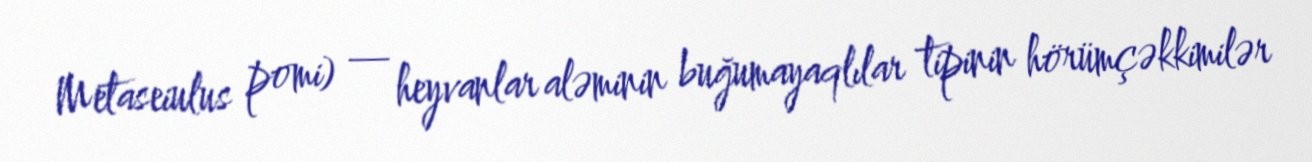
Metaseiulus pomi) — heyvanlar aləminin buğumayaqlılar tipinin hörümçəkkimilər